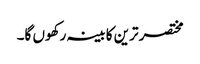
مختصر ترین کابینہ رکھوں گا۔